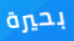
بحيرة